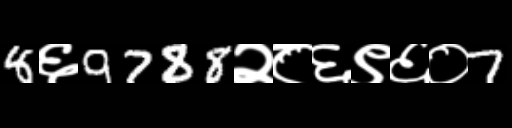
Text: 8६9788२८६९६०7